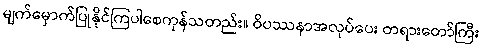
မျက်မှောက်ပြုနိုင်ကြပါစေကုန်သတည်း။ ဝိပဿနာအလုပ်ပေး တရားတော်ကြီး